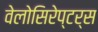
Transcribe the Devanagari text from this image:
वेलोसिरेप्‍टर्स